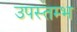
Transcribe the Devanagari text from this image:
उपस्तम्भ